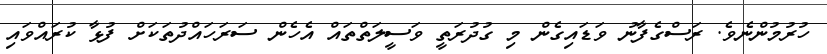
ހުރުމުންނެވެ. ރަސްގެފާނު ވަޑައިގެން މި ގުދުރަތީ ވަސީލަތްތައް އެހެން ސަރަހައްދުތަކަށް ފުޅާ ކުރައްވައި